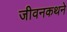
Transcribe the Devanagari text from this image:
जीवनकथने